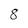
Character: 8